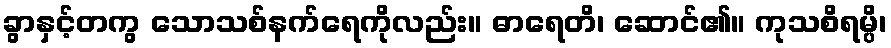
ခွာနှင့်တကွ သောသစ်နက်ရေကိုလည်း။ ဓာရေတိ၊ ဆောင်၏။ ကုသစိရမ္ပိ၊